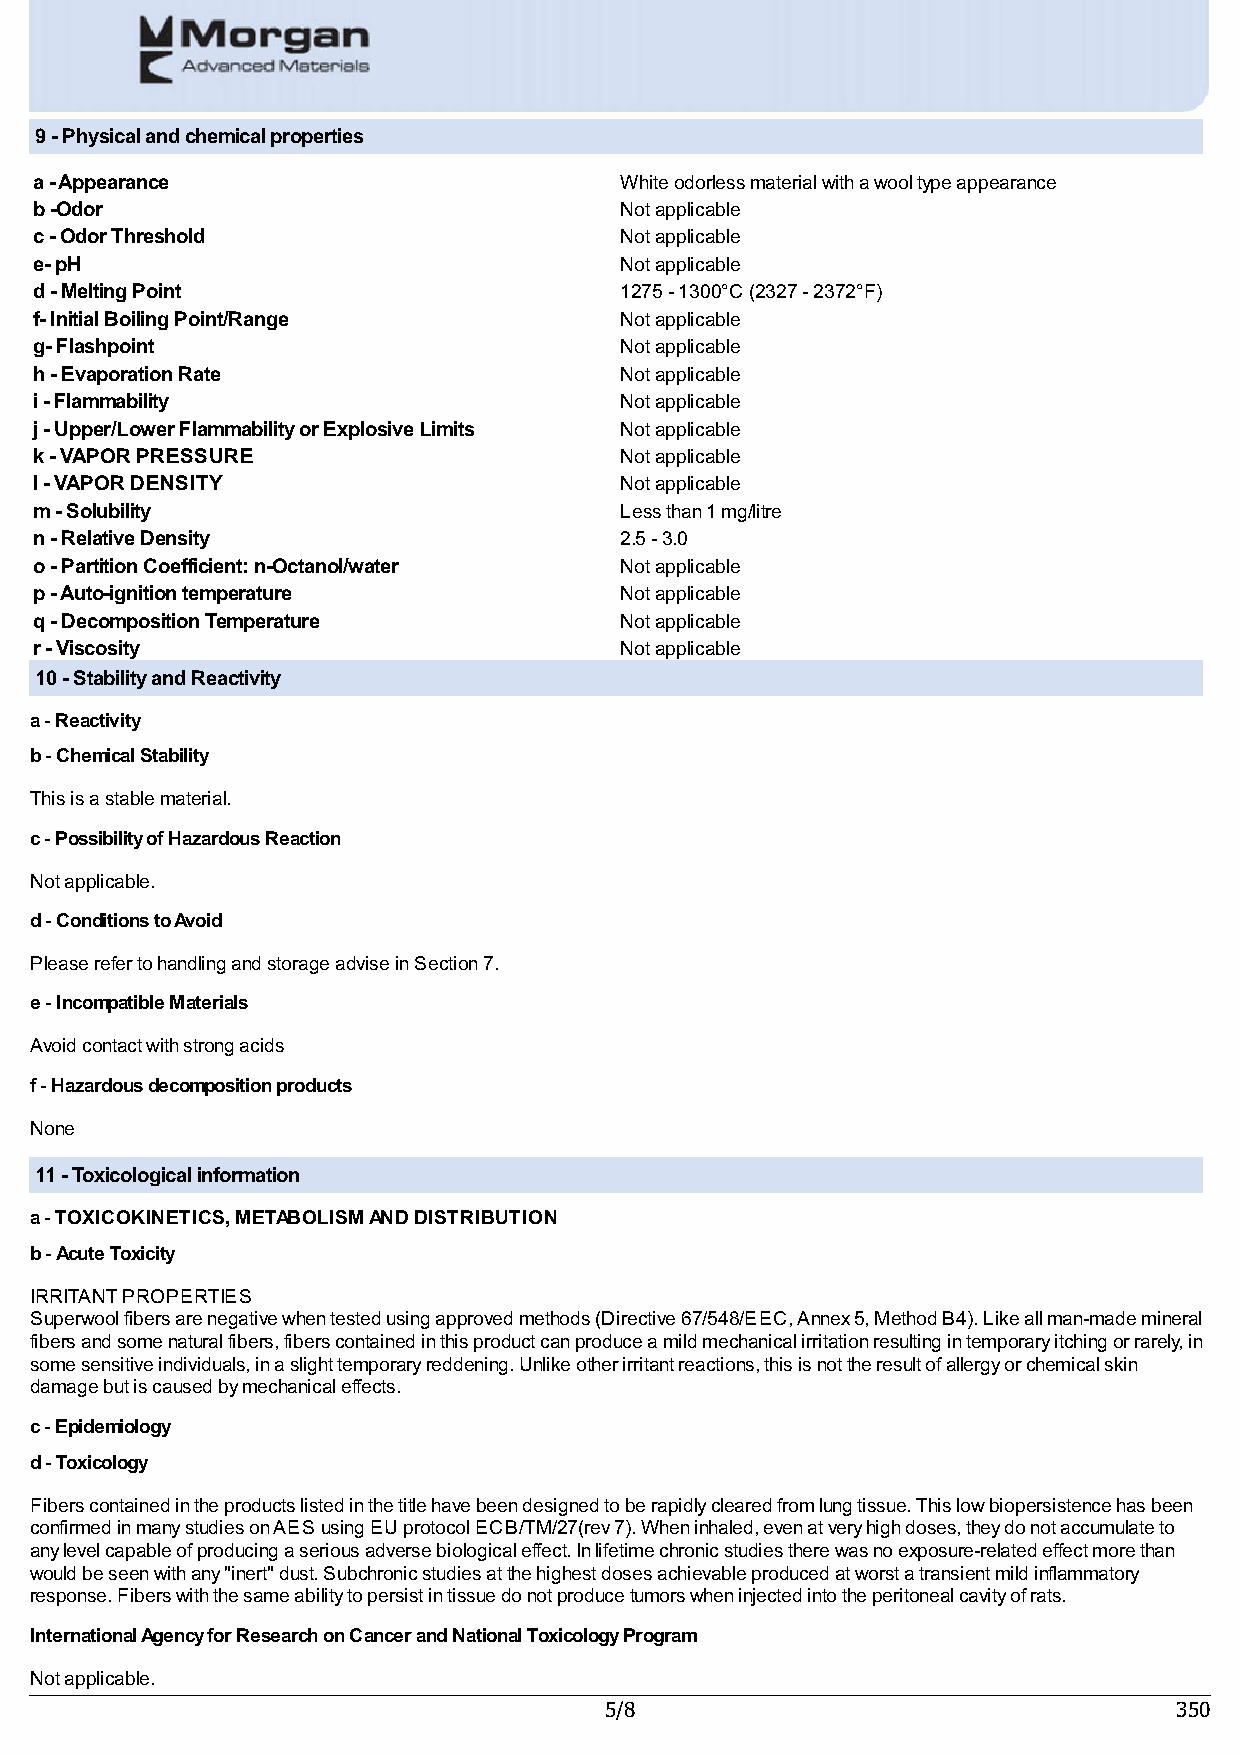
9 - Physical and chemical properties
 a - Appearance                         White odorless material with a wool type appearance
 b -Odor                                Not applicable
 c - Odor Threshold                     Not applicable
 e- pH                                  Not applicable
 d - Melting Point                      1275 - 1300°C (2327 - 2372°F)
 f- Initial Boiling Point/Range         Not applicable
 g- Flashpoint                          Not applicable
 h - Evaporation Rate                   Not applicable
 i - Flammability                       Not applicable
 j - Upper/Lower Flammability or Explosive Limits Not applicable
 k - VAPOR PRESSURE                     Not applicable
 l - VAPOR DENSITY                      Not applicable
 m - Solubility                         Less than 1 mg/litre
 n - Relative Density                   2.5 - 3.0
 o - Partition Coefficient: n-Octanol/water Not applicable
 p - Auto-ignition temperature          Not applicable
 q - Decomposition Temperature          Not applicable
 r - Viscosity                          Not applicable
 10 - Stability and Reactivity
 a - Reactivity
 b - Chemical Stability
 This is a stable material.
 c - Possibility of Hazardous Reaction
 Not applicable.
 d - Conditions to Avoid
 Please refer to handling and storage advise in Section 7.
 e - Incompatible Materials
 Avoid contact with strong acids
 f - Hazardous decomposition products
 None
 11 - Toxicological information
 a - TOXICOKINETICS, METABOLISM AND DISTRIBUTION
 b - Acute Toxicity
 IRRITANT PROPERTIES
 Superwool fibers are negative when tested using approved methods (Directive 67/548/EEC, Annex 5, Method B4). Like all man-made mineral
 fibers and some natural fibers, fibers contained in this product can produce a mild mechanical irritation resulting in temporary itching or rarely, in
 some sensitive individuals, in a slight temporary reddening. Unlike other irritant reactions, this is not the result of allergy or chemical skin
 damage but is caused by mechanical effects.
 c - Epidemiology
 d - Toxicology
 Fibers contained in the products listed in the title have been designed to be rapidly cleared from lung tissue. This low biopersistence has been
 confirmed in many studies on AES using EU protocol ECB/TM/27(rev 7). When inhaled, even at very high doses, they do not accumulate to
 any level capable of producing a serious adverse biological effect. In lifetime chronic studies there was no exposure-related effect more than
 would be seen with any "inert" dust. Subchronic studies at the highest doses achievable produced at worst a transient mild inflammatory
 response. Fibers with the same ability to persist in tissue do not produce tumors when injected into the peritoneal cavity of rats.
 International Agency for Research on Cancer and National Toxicology Program
 Not applicable.
 5/8                                   350